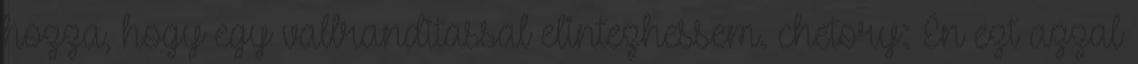
hozza, hogy egy vallranditassal elintezhessem. chetory: Én ezt azzal